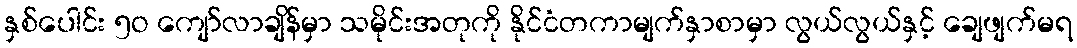
နှစ်ပေါင်း ၅ဝ ကျော်လာချိန်မှာ သမိုင်းအတုကို နိုင်ငံတကာမျက်နှာစာမှာ လွယ်လွယ်နှင့် ချေဖျက်မရ